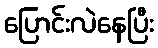
ပြောင်းလဲနေပြီး